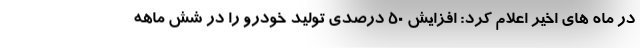
در ماه های اخیر اعلام کرد: افزایش ۵۰ درصدی تولید خودرو را در شش ماهه